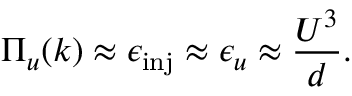
\Pi _ { u } ( k ) \approx \epsilon _ { \mathrm { i n j } } \approx \epsilon _ { u } \approx \frac { U ^ { 3 } } { d } .